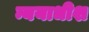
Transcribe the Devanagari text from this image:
न्ययाधीश